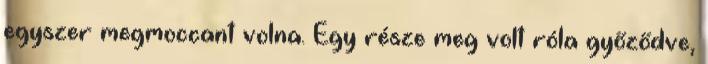
egyszer megmoccant volna. Egy része meg volt róla győződve,